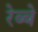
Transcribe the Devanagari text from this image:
रेब्बे